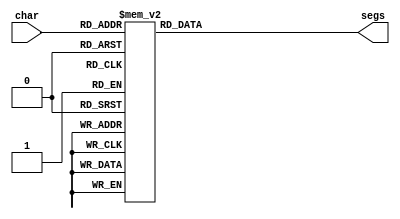
/*
   This file was generated automatically by the Mojo IDE version B1.3.6.
   Do not edit this file directly. Instead edit the original Lucid source.
   This is a temporary file and any changes made to it will be destroyed.
*/

module seven_seg_7 (
    input [3:0] char,
    output reg [6:0] segs
  );
  
  
  
  always @* begin
    
    case (char)
      1'h0: begin
        segs = 7'h3f;
      end
      1'h1: begin
        segs = 7'h06;
      end
      2'h2: begin
        segs = 7'h5b;
      end
      2'h3: begin
        segs = 7'h4f;
      end
      3'h4: begin
        segs = 7'h66;
      end
      3'h5: begin
        segs = 7'h6d;
      end
      3'h6: begin
        segs = 7'h7d;
      end
      3'h7: begin
        segs = 7'h07;
      end
      4'h8: begin
        segs = 7'h7f;
      end
      4'h9: begin
        segs = 7'h67;
      end
      default: begin
        segs = 7'h00;
      end
    endcase
  end
endmodule